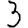
Digit: 3